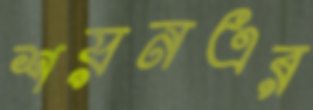
শয়নএর